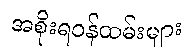
အစိုးရဝန်ထမ်းများ